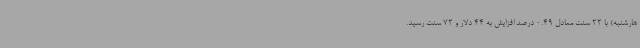
هارشنبه) با 22 سنت معادل 0.49 درصد افزایش به 44 دلار و 72 سنت رسید.